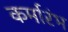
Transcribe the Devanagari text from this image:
कर्मारंभ